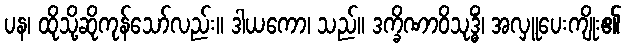
ပန၊ ထိုသို့ဆိုကုန်သော်လည်း။ ဒါယကော၊ သည်။ ဒက္ခိဏာဝိသုဒ္ဓိံ၊ အလှူပေးကျိုး၏